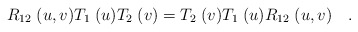
\begin{align*}R_{12}\; (u,v) T_{1}\; (u) T_{2}\; (v) =T_{2}\; (v) T_{1}\; (u) R_{12}\; (u,v)\quad .\end{align*}